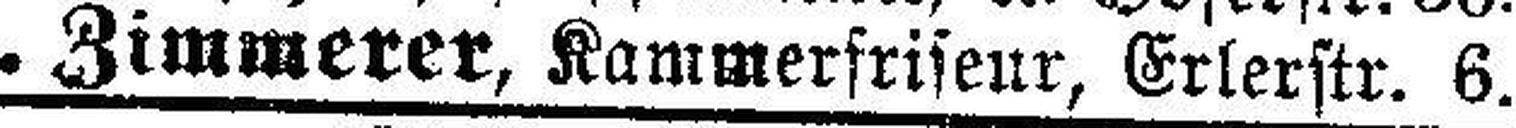
F. Zimmerer, Kammerfriseur, Erlerstr. 6.